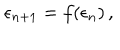
\epsilon _ { n + 1 } = f ( \epsilon _ { n } ) \, ,